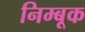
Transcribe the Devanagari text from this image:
निम्बूक